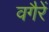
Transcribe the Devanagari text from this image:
वगैरें